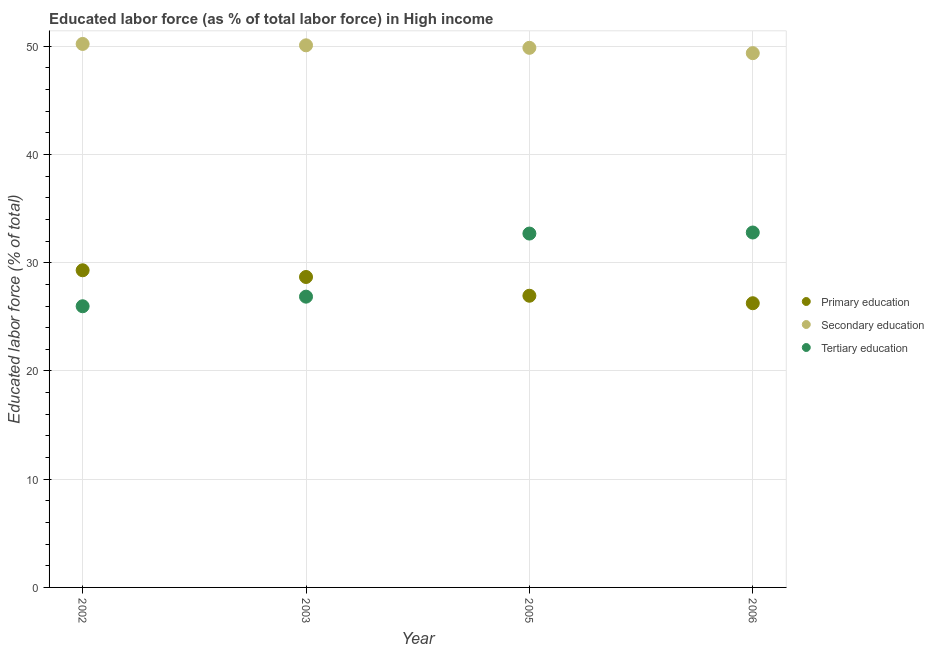
| Year | Primary education | Secondary education | Tertiary education |
 | --- | --- | --- | --- |
 | 2002 | 29.3 | 50.2 | 26 |
 | 2003 | 28.7 | 50.1 | 26.9 |
 | 2005 | 26.9 | 49.9 | 32.7 |
 | 2006 | 26.3 | 49.4 | 32.8 |